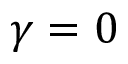
\gamma = 0